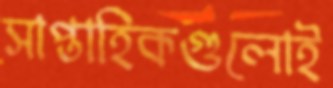
সাপ্তাহিকগুলোই